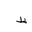
Letter: _za